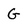
Character: G